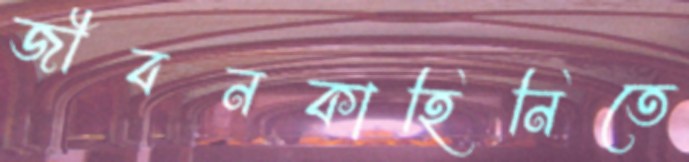
জীবনকাহিনিতে